Code of medical and sanitary regulations for the guidance of medical officers serving in the Madras Presidency - Volume II
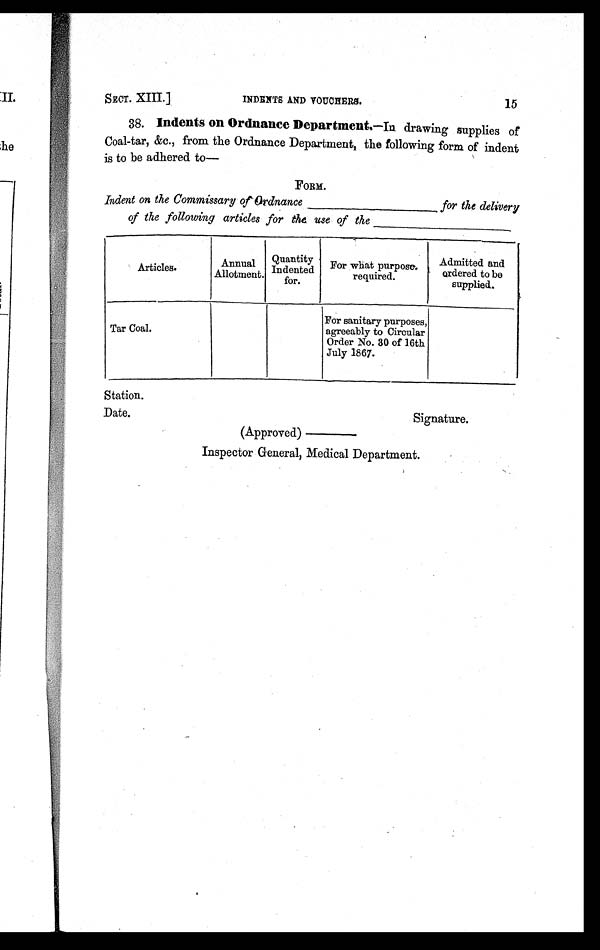
SECT. XIII.] INDENTS AND VOUCHERS. 15
38. Indents on Ordnance Departments.— I n d r a w i n g s u p p l i e s o f
Coal-tar, &c., from the Ordnance Department, the following form of indent
is to be adhered to—
FORM.
Indent on the Commissary of Ordnance __________
for the delivery
of the following articles for the use of the__________
Articles.
Annual
Allotment.
Quantity
Indented
for.
For what purpose.
required.
Admitted and
ordered to be
supplied.
Tar Coal.
For sanitary purposes,
agreeably to Circular
Order No. 30 of 16th
July 1867.
Station.
Date. Signature.
(Approved)_______
Inspector General, Medical Department.